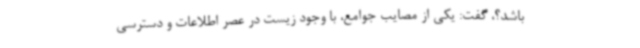
باشد؟، گفت: یکی از مصایب جوامع، با وجود زیست در عصر اطلاعات و دسترسی